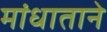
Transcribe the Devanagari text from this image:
मांधाताने